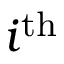
i ^ { \mathrm { t h } }